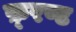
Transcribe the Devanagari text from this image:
फ़्रण्ट